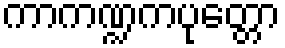
ကာကဏ္ဍကပုတ္တော